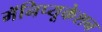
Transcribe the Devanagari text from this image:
मॅनिप्यूकेशन